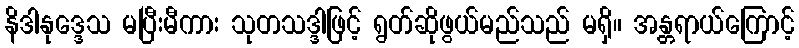
နိဒါနုဒ္ဒေသ မပြီးမီကား သုတသဒ္ဒါဖြင့် ရွတ်ဆိုဖွယ်မည်သည် မရှိ။ အန္တရာယ်ကြောင့်